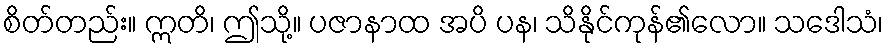
စိတ်တည်း။ ဣတိ၊ ဤသို့။ ပဇာနာထ အပိ ပန၊ သိနိုင်ကုန်၏လော။ သဒေါသံ၊